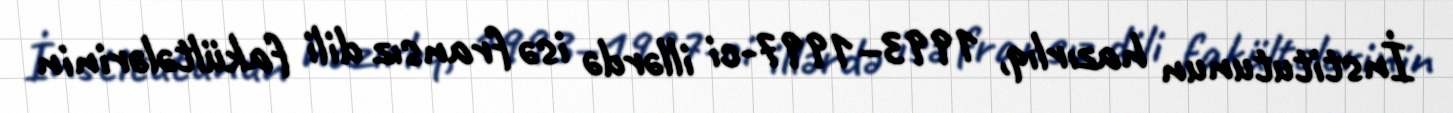
İnstitutunun hazırlıq, 1993–1997-ci illərdə isə fransız dili fakültələrinin